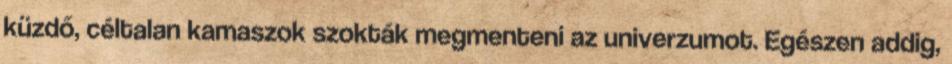
küzdő, céltalan kamaszok szokták megmenteni az univerzumot. Egészen addig,